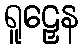
ရူဠှေန